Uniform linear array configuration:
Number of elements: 12
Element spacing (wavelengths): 0.25
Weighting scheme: cosine
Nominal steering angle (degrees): -15
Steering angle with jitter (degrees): -13.014
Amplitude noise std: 0.05
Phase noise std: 0.05

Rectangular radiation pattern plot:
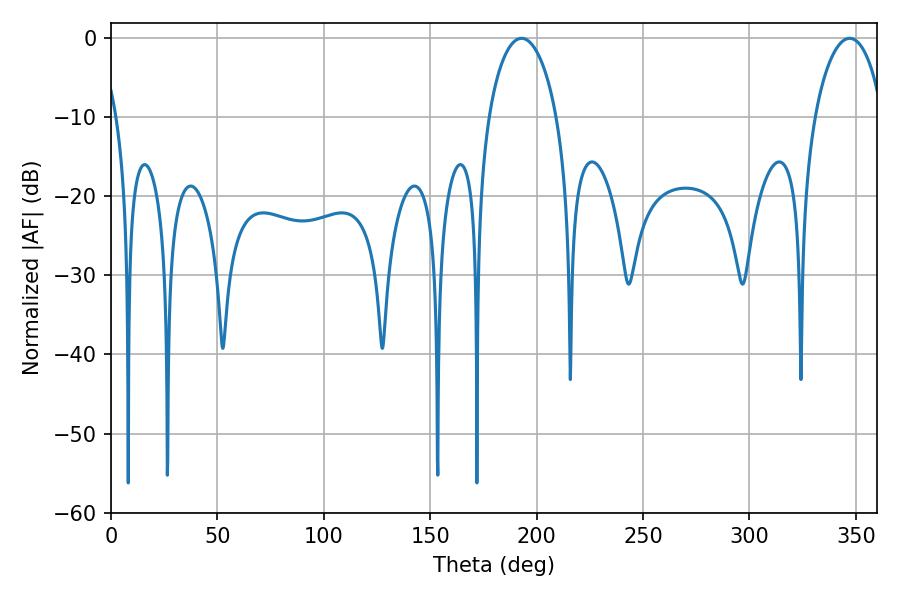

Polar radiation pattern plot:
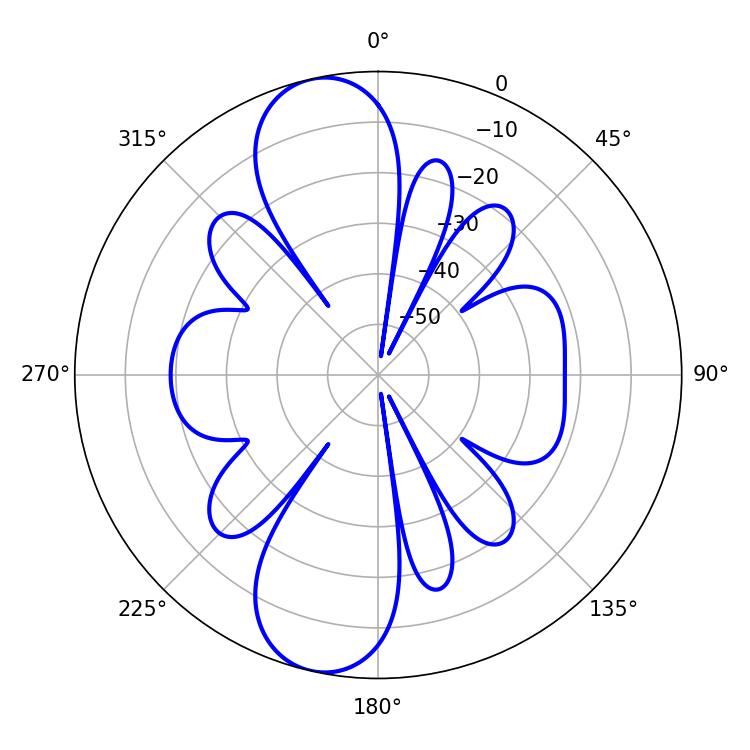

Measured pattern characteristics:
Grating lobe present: FALSE
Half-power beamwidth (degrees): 18.36
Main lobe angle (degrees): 192.96